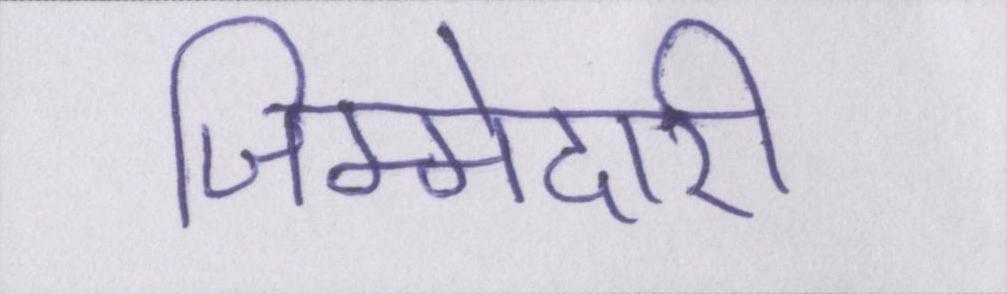
जिम्मेदारी